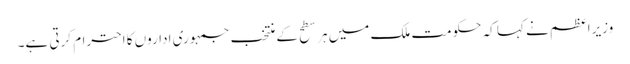
وزیرِاعظم نے کہا کہ حکومت ملک میں ہر سطح کے منتخب جمہوری اداروں کا احترام کرتی ہے۔